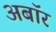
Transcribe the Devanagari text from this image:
अबॉर